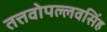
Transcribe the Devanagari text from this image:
तत्तवोपल्लवसिंह